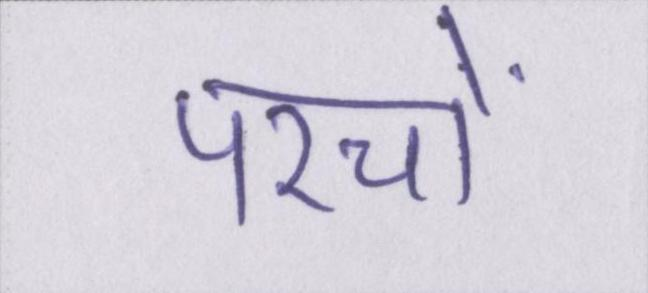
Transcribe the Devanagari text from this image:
परचों